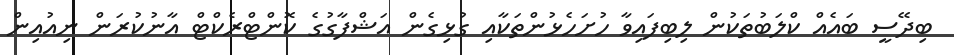
ބިދޭސީ ބައެއް ކްލަބުތަކުން ލިބިފައިވާ ހުށަހެޅުންތަކާއި ގުޅިގެން އަޝްފާގުގެ ކޮންޓްރެކްޓް އާނުކުރަން ނިއުއިން